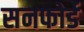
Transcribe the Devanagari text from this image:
सनफोर्ड